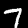
Label: 7